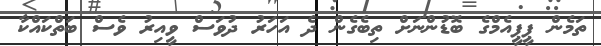
ތަމެން ޕީޕީއެމްގެ ބޮޑުންނަށް ތިބެގެެން ދެ އަހަރު ދުވަސް ވީއިރު ވެސް ބަތްކައްކާ